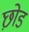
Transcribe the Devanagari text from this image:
छ़ोड